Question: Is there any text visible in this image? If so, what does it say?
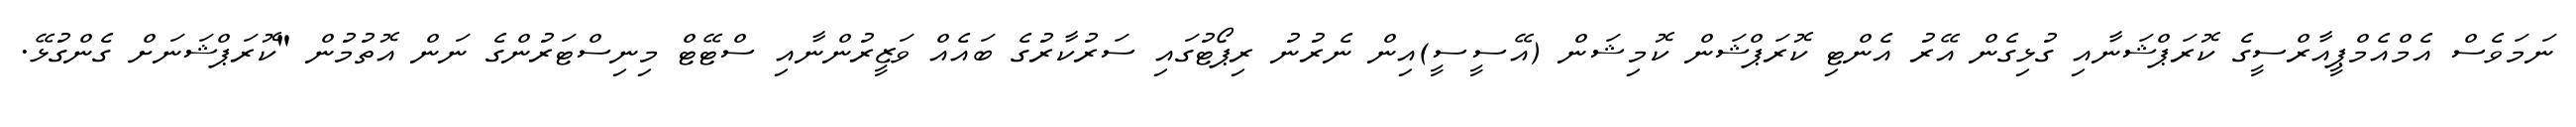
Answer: ނަމަވެސް އެމްއެމްޕީއާރްސީގެ ކޮރަޕްޝަނާއި ގުޅިގެން އޭރު އެންޓި ކޮރަޕްޝަން ކޮމިޝަން (އޭސީސީ)އިން ނެރުނު ރިޕޯޓުގައި ސަރުކާރުގެ ބައެއް ވަޒީރުންނާއި ސްޓޭޓް މިނިސްޓަރުންގެ ނަން އޮތުމުން "ކޮރަޕްޝަނަށް ގެންގުޅޭ.